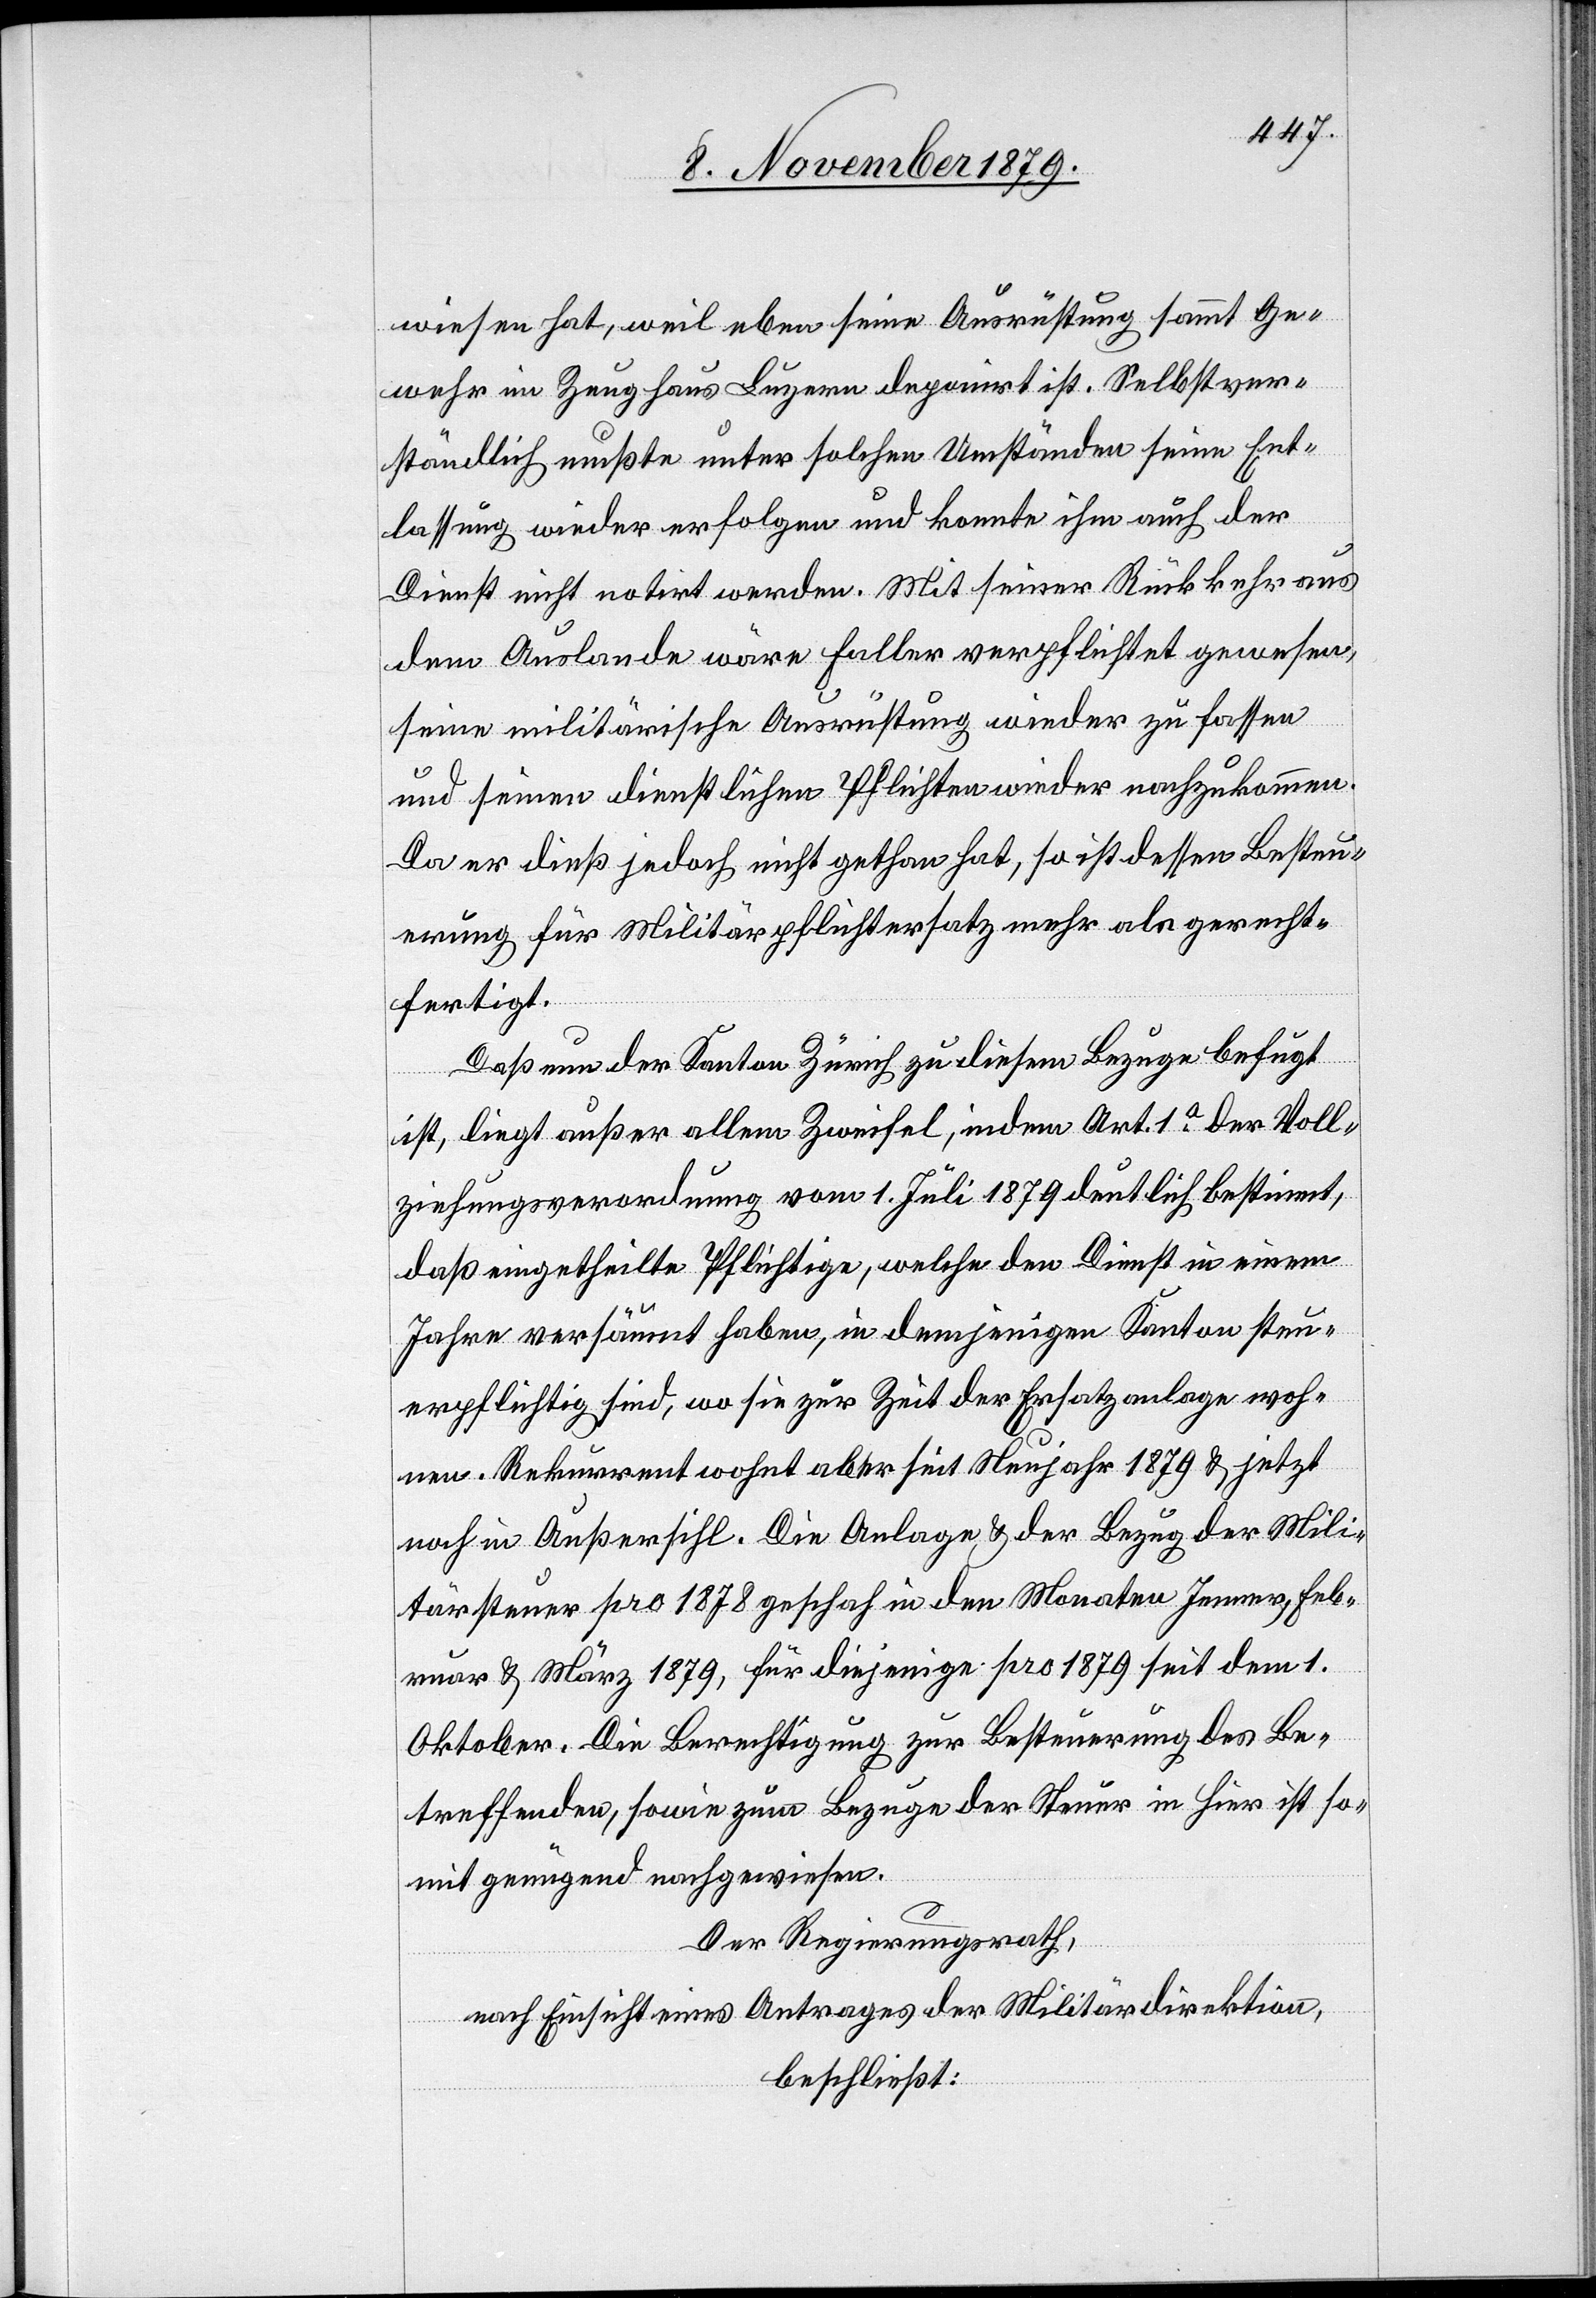
wiesen hat, weil eben seine Ausrüstung sammt Ge¬
wehr im Zeughaus Luzern deponirt ist. Selbstver¬
ständlich mußte unter solchen Umständen seine Ent¬
lassung wieder erfolgen und konnte ihm auch der
Dienst nicht notirt werden. Mit seiner Rückkehr aus
dem Auslande wäre Faller verpflichtet gewesen,
seine militärische Ausrüstung wieder zu fassen
und seinen dienstlichen Pflichten wieder nachzukommen.
Da er dieß jedoch nicht gethan hat, so ist dessen Besteu¬
erung für Militärpflichtersatz mehr als gerecht¬
fertigt.
Daß nun der Kanton Zürich zu diesem Bezuge befugt
ist, liegt außer allem Zweifel, indem Art. 1a der Voll¬
ziehungsverordnung vom 1. Juli 1879 deutlich bestimmt,
daß eingetheilte Pflichtige, welche den Dienst in einem
Jahre versäumt haben, in demjenigen Kanton steu¬
erpflichtig sind, wo sie zur Zeit der Ersatzanlage woh¬
nen. Rekurrent wohnt aber seit Neujahr 1879 & jetzt
noch in Außersihl. Die Anlage & der Bezug der Mili¬
tärsteuer pro 1878 geschah in den Monaten Jenner, Feb¬
ruar & März 1879, für diejenige pro 1879 seit dem 1.
Oktober. Die Berechtigung zur Besteuerung des Be¬
treffenden, sowie zum Bezuge der Steuer in hier ist so¬
mit genügend nachgewiesen.
Der Regierungsrath,
nach Einsicht eines Antrages der Militärdirektion,
beschließt: